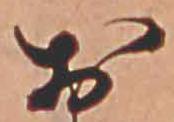
お